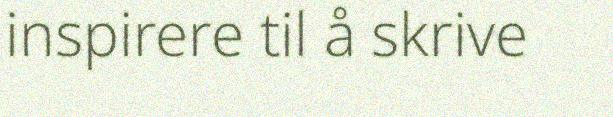
inspirere til å skrive